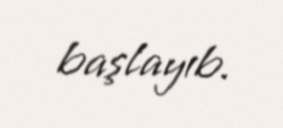
başlayıb.